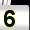
Digit: 5